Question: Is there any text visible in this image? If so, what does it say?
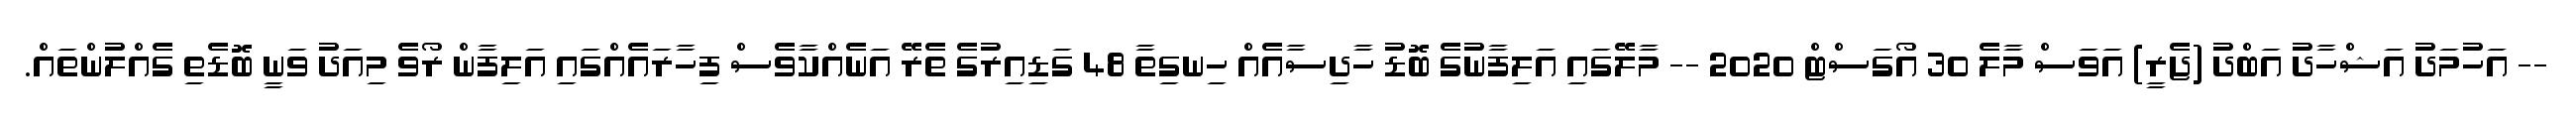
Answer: -- އަހުމަދު އަޝްހާދު އަބްދު (ޖެރީ) އަވަސް މާލެ 30 އޯގަސްޓް 2020 -- މާލޭގައި އަލިފާނުގެ ބޮޑު ހާދިސާއެއް ހިނގިތާ 48 ގަޑިއިރުގެ ތެރޭ އަނެއްކާވެސް ފިހާރައެއްގައި އަލިފާން ރޯވެ މިއަދު ވަނީ ބޮޑެތި ގެއްލުންތައް.